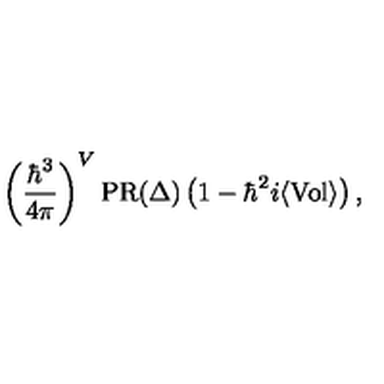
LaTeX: \left( { \frac { \hbar ^ { 3 } } { 4 \pi } } \right) ^ { V } \mathrm { P R } ( \Delta ) \left( 1 - \hbar ^ { 2 } i \langle \mathrm { V o l } \rangle \right) ,